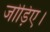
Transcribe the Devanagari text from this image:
जोड़िए।